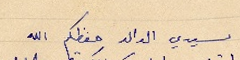
سيدي الوالد حفظكم الله